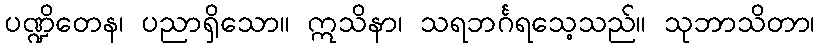
ပဏ္ဍိတေန၊ ပညာရှိသော။ ဣသိနာ၊ သရဘင်္ဂရသေ့သည်။ သုဘာသိတာ၊